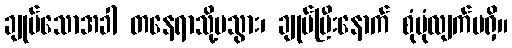
ချုပ်သောအခါ တနေရာသို့မသွား၊ ချုပ်ပြီးနောက် စုံပုံလျက်မရှိ။